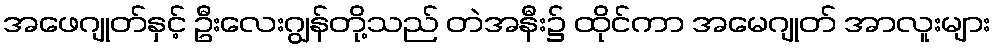
အဖေဂျုတ်နှင့် ဦးလေးဂျွန်တို့သည် တဲအနီး၌ ထိုင်ကာ အမေဂျုတ် အာလူးများ